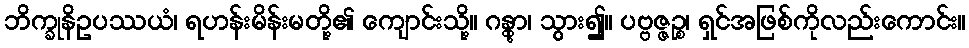
ဘိက္ခုနိဥပဿယံ၊ ရဟန်းမိန်းမတို့၏ ကျောင်းသို့။ ဂန္တွာ၊ သွား၍။ ပဗ္ဗဇ္ဇဉ္စ၊ ရှင်အဖြစ်ကိုလည်းကောင်း။